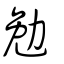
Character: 勉